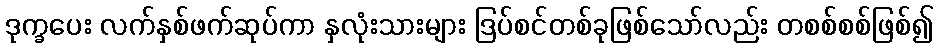
ဒုက္ခပေး လက်နှစ်ဖက်ဆုပ်ကာ နှလုံးသားများ ဒြပ်စင်တစ်ခုဖြစ်သော်လည်း တစစ်စစ်ဖြစ်၍